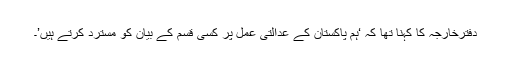
دفترخارجہ کا کہنا تھا کہ ‘ہم پاکستان کے عدالتی عمل پر کسی قسم کے بیان کو مسترد کرتے ہیں’۔